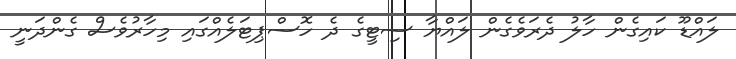
ލައްޑޫ ކައިގެން ހާލު ދެރަވެގެން ލައްޔާ ސިޓީގެ ދެ ހޮސްޕިޓަލެއްގައި މިހާރުވެސް ގެންދަނީ